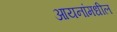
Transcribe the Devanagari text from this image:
आयनांमधील